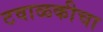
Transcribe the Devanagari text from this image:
टवाळकीचा